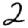
Digit: 2